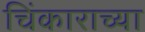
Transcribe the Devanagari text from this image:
चिंकाराच्या